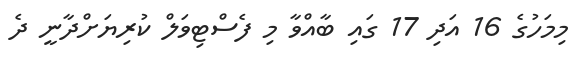
މިމަހުގެ 16 އަދި 17 ގައި ބާއްވާ މި ފެސްޓިވަލް ކުރިޔަށްދާނީ ދެ